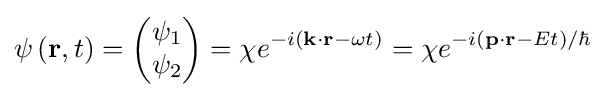
\psi \left(\mathbf {r} ,t\right)={\begin{pmatrix}\psi _{1}\\\psi _{2}\\\end{pmatrix}}=\chi e^{-i(\mathbf {k} \cdot \mathbf {r} -\omega t)}=\chi e^{-i(\mathbf {p} \cdot \mathbf {r} -Et)/\hbar }